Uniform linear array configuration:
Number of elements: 24
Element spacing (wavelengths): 1
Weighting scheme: uniform
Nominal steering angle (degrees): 45
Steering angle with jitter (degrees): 45.641
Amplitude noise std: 0.05
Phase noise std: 0.05

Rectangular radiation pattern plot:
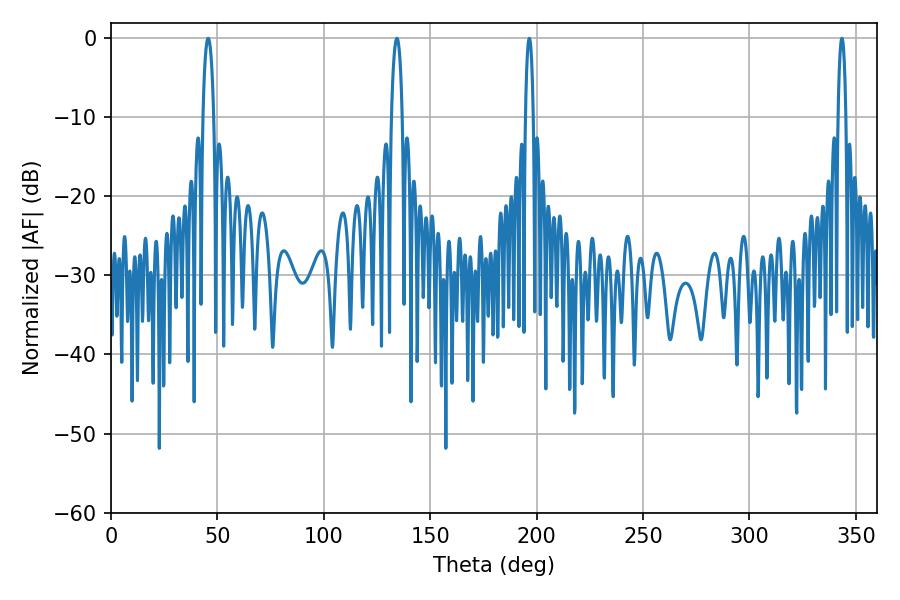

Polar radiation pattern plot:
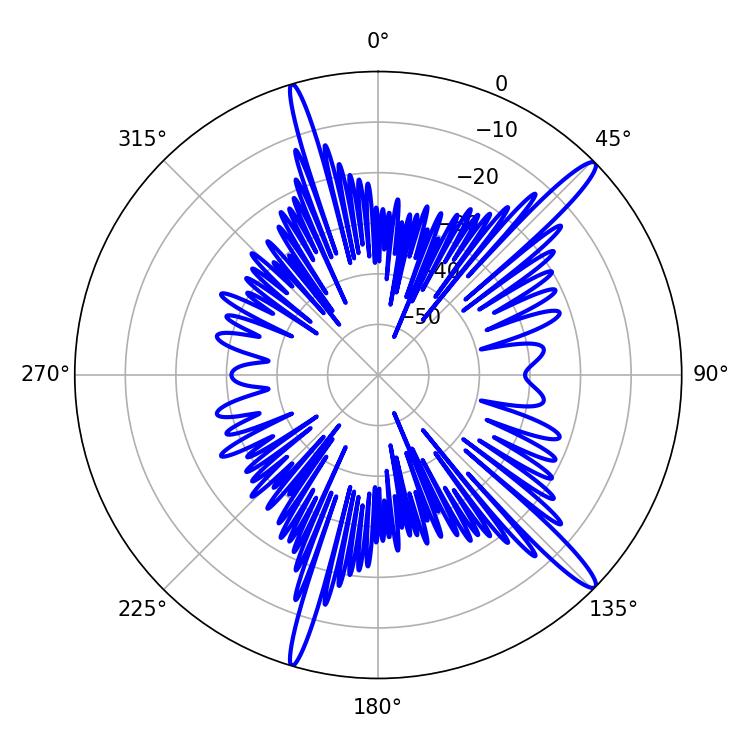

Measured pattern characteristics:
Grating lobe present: TRUE
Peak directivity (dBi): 15.205
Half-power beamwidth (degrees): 2.16
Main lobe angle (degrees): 343.44